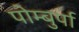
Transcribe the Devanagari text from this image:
पोम्बुर्पा